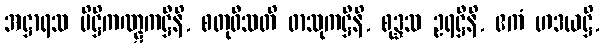
အဋ္ဌာရသ ပိဋ္ဌိကဏ္ဋကဋ္ဌီနိ, စတုဝီသတိ ဖာသုကဋ္ဌီနိ, စုဒ္ဒသ ဥရဋ္ဌီနိ, ဧကံ ဟဒယဋ္ဌိ,